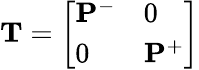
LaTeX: \mathbf{T}=\left[\begin{array}{ll}{\mathbf{P}^{-}}&{0}\\ {0}&{\mathbf{P}^{+}}\end{array}\right]